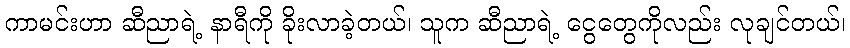
ကာမင်းဟာ ဆီညာရဲ့ နာရီကို ခိုးလာခဲ့တယ်၊ သူက ဆီညာရဲ့ ငွေတွေကိုလည်း လုချင်တယ်၊